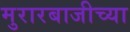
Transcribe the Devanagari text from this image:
मुरारबाजीच्या